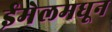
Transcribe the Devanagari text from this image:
ईमेलमधून